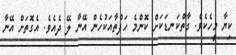
ކިޔާ މީހެކެވެ. ގާތްކަނޑަކަށް ކޮންމެ ހަފްތާއަކުހެން އޭނާ ލޭ ދެއެވެ. އެގޮތަށް އޭނާ